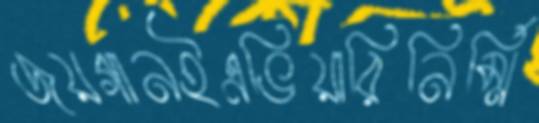
জয়গানইএভিয়ারিনির্ম্মি